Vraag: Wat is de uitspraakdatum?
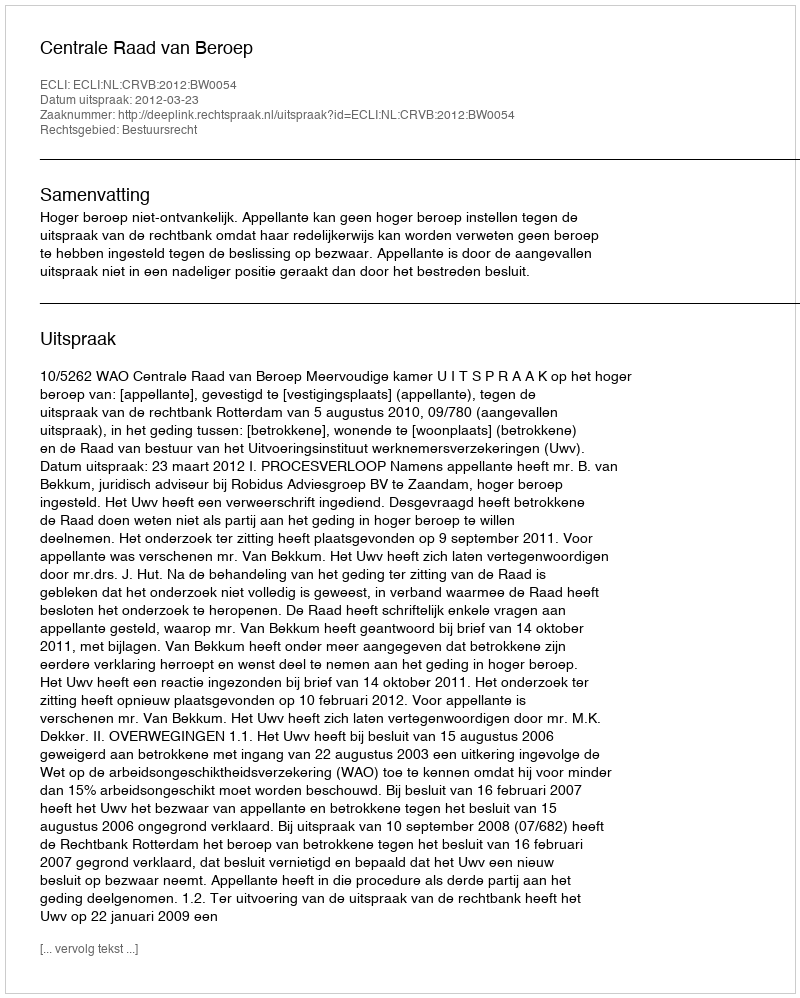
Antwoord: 2012-03-23